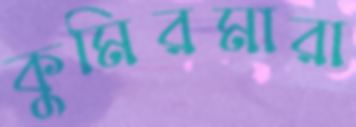
কুমিরমারা